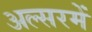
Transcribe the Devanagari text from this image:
अल्सरमें